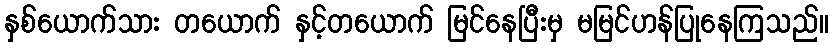
နှစ်ယောက်သား တယောက် နှင့်တယောက် မြင်နေပြီးမှ မမြင်ဟန်ပြုနေကြသည်။